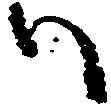
ハ